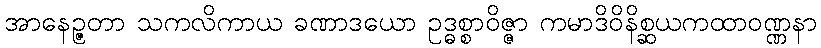
အာနေဉ္ဇတာ သကလိကာယ ခဏာဒယော ဥဒ္ဓစ္စာဝိဇ္ဇာ ကမာဒိဝိနိစ္ဆယကထာဝဏ္ဏနာ